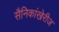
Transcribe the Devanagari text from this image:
सैनिकांखेरीज